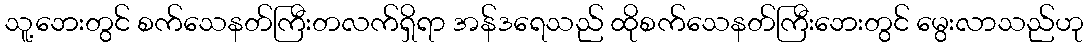
သူ့ဘေးတွင် စက်သေနတ်ကြီးတလက်ရှိရာ အန်ဒရေသည် ထိုစက်သေနတ်ကြီးဘေးတွင် မွေးလာသည်ဟု